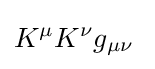
K^{\mu }K^{\nu }g_{\mu \nu }\;